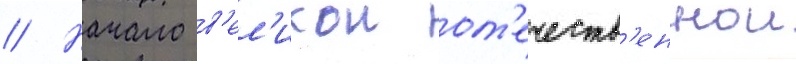
// Начало в'ел'икои от'ечеств'еннои